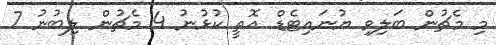
މި މެޗުން ބަލިވި ޔުނައިޓެޑް އޮތީ ކުޅުނު 4 މެޗުން ލިބުނު 7